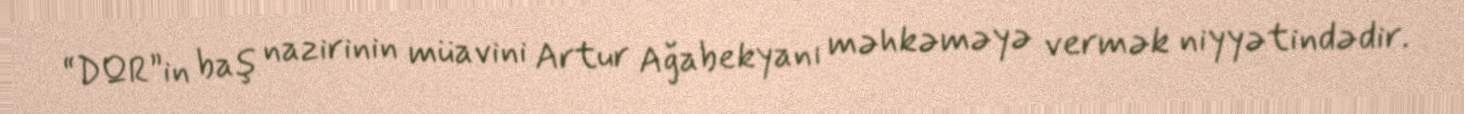
“DQR”in baş nazirinin müavini Artur Ağabekyanı məhkəməyə vermək niyyətindədir.